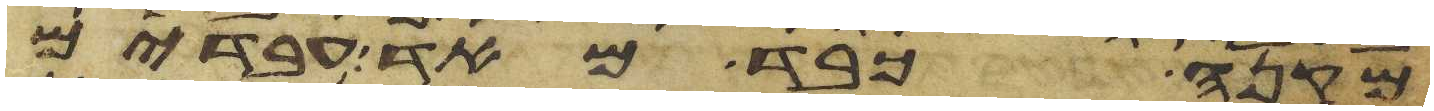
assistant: מקנה כבד מאד עבדים